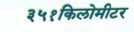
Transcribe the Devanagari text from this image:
३५१किलोमीटर